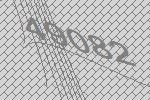
49082